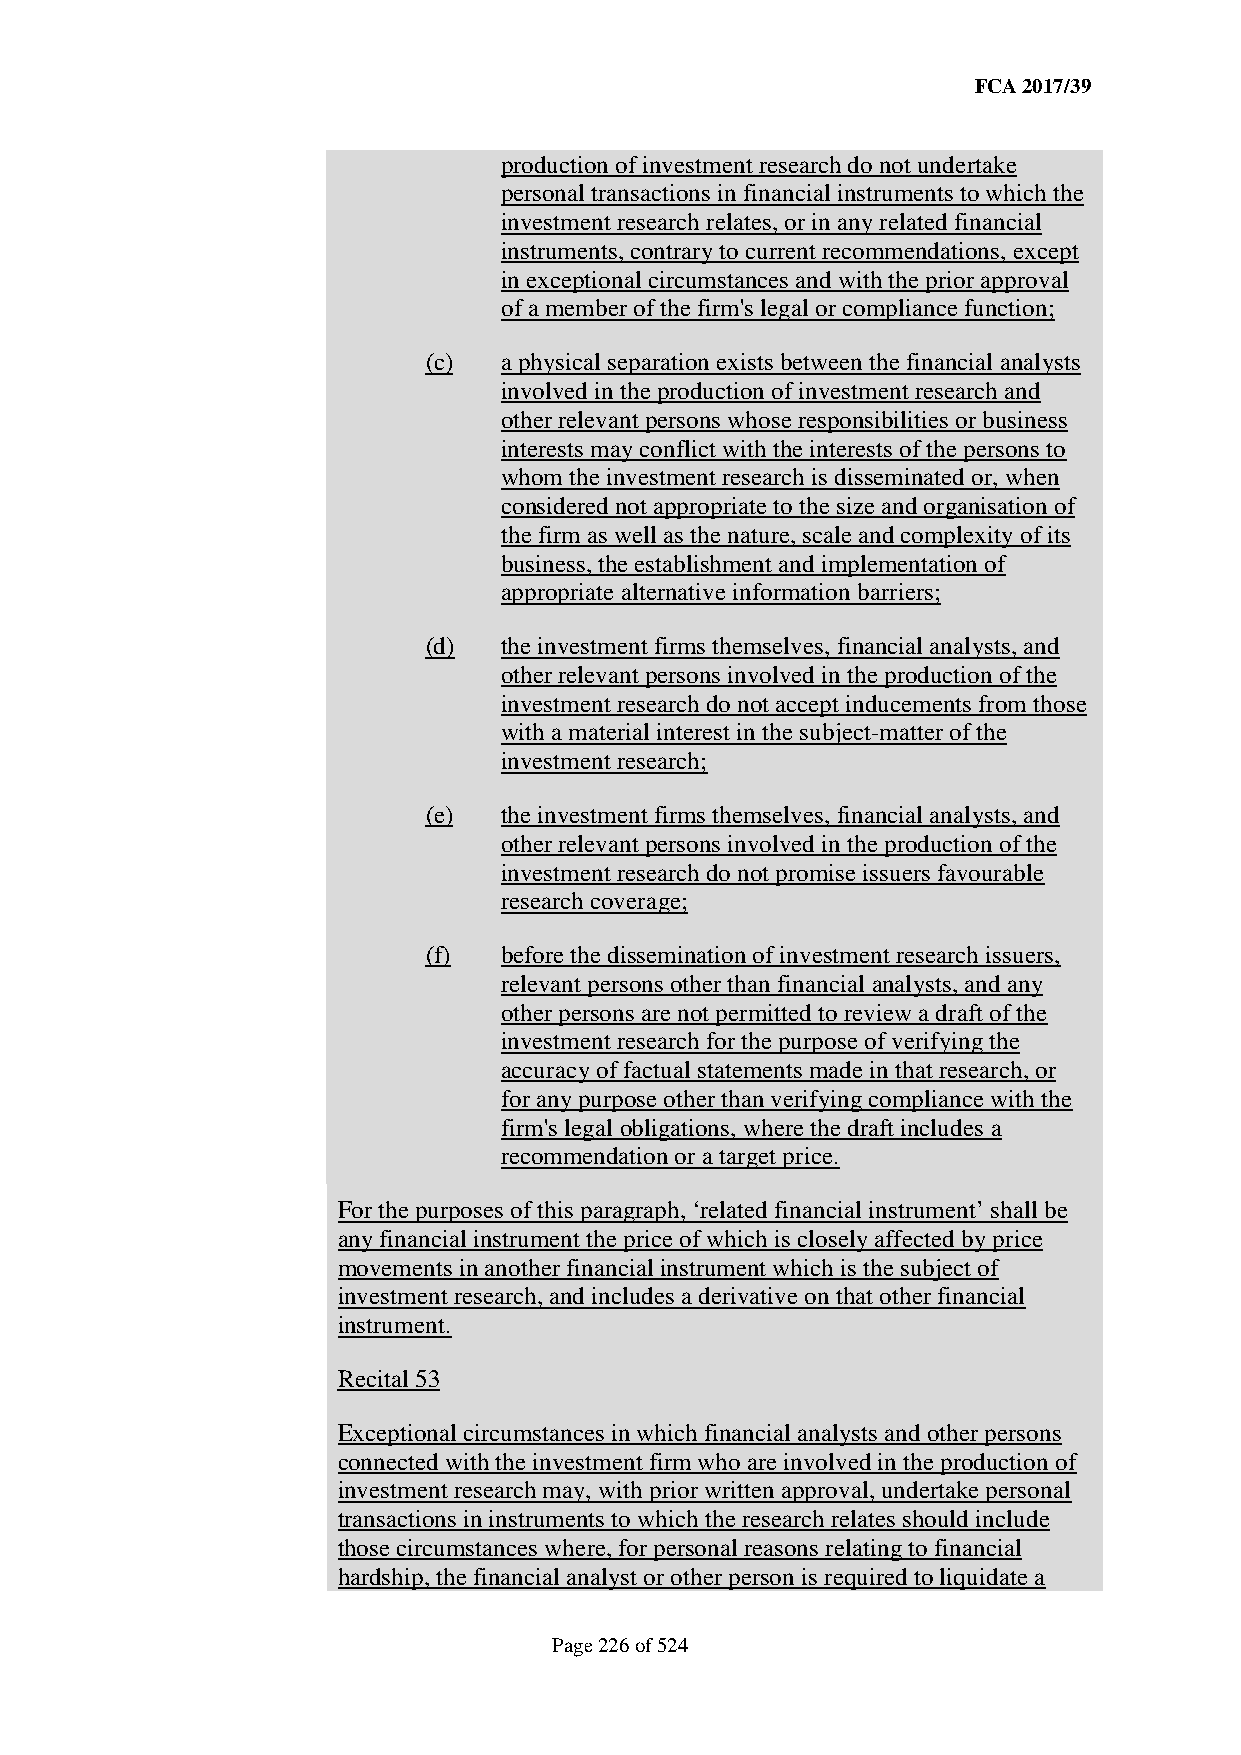
FCA 2017/39
 production of investment research do not undertake
 personal transactions in financial instruments to which the
 investment research relates, or in any related financial
 instruments, contrary to current recommendations, except
 in exceptional circumstances and with the prior approval
 of a member of the firm's legal or compliance function;
 (c)  a physical separation exists between the financial analysts
 involved in the production of investment research and
 other relevant persons whose responsibilities or business
 interests may conflict with the interests of the persons to
 whom the investment research is disseminated or, when
 considered not appropriate to the size and organisation of
 the firm as well as the nature, scale and complexity of its
 business, the establishment and implementation of
 appropriate alternative information barriers;
 (d)  the investment firms themselves, financial analysts, and
 other relevant persons involved in the production of the
 investment research do not accept inducements from those
 with a material interest in the subject-matter of the
 investment research;
 (e)  the investment firms themselves, financial analysts, and
 other relevant persons involved in the production of the
 investment research do not promise issuers favourable
 research coverage;
 (f)  before the dissemination of investment research issuers,
 relevant persons other than financial analysts, and any
 other persons are not permitted to review a draft of the
 investment research for the purpose of verifying the
 accuracy of factual statements made in that research, or
 for any purpose other than verifying compliance with the
 firm's legal obligations, where the draft includes a
 recommendation or a target price.
 For the purposes of this paragraph, ‘related financial instrument’ shall be
 any financial instrument the price of which is closely affected by price
 movements in another financial instrument which is the subject of
 investment research, and includes a derivative on that other financial
 instrument.
 Recital 53
 Exceptional circumstances in which financial analysts and other persons
 connected with the investment firm who are involved in the production of
 investment research may, with prior written approval, undertake personal
 transactions in instruments to which the research relates should include
 those circumstances where, for personal reasons relating to financial
 hardship, the financial analyst or other person is required to liquidate a
 Page 226 of 524